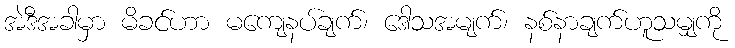
အဲဒီအခါမှာ မိခင်ဟာ မကျေနပ်ချက်၊ ဒေါသအမျက်၊ နစ်နာချက်ဟူသမျှကို